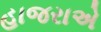
હાજરાએ